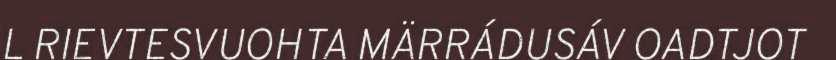
L RIEVTESVUOHTA MÄRRÁDUSÁV OADTJOT